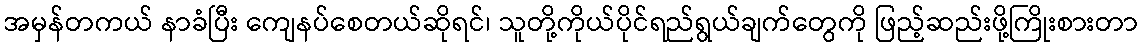
အမှန်တကယ် နာခံပြီး ကျေနပ်စေတယ်ဆိုရင်၊ သူတို့ကိုယ်ပိုင်ရည်ရွယ်ချက်တွေကို ဖြည့်ဆည်းဖို့ကြိုးစားတာ